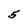
Character: 5